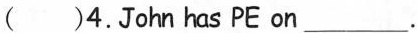
( )4.John has PE on ___.